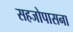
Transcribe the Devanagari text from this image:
सहजोपासना